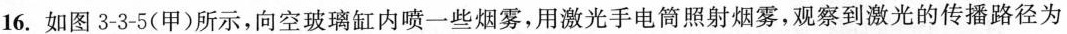
16.如图3-3-5(甲)所示，向空玻璃缸内喷一些烟雾，用激光手电筒照射烟雾，观察到激光的传播路径为